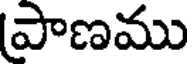
పాణము